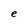
Character: e